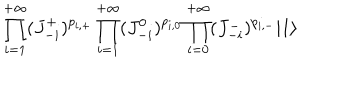
LaTeX: \prod _ { i = 1 } ^ { + \infty } ( J _ { - i } ^ { + } ) ^ { p _ { i , + } } \prod _ { i = 1 } ^ { + \infty } ( J _ { - i } ^ { 0 } ) ^ { p _ { i , 0 } } \prod _ { i = 0 } ^ { + \infty } ( J _ { - i } ^ { - } ) ^ { p _ { i , - } } | 1 \rangle